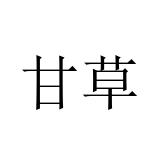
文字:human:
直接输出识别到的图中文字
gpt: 甘草